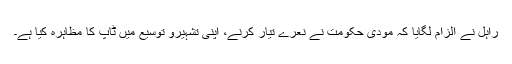
راہل نے الزام لگایا کہ مودی حکومت نے نعرے تیار کرنے، اپنی تشہیرو توسیع میں ٹاپ کا مظاہرہ کیا ہے۔